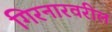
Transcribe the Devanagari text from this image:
गिरनारवरील